Report of the King Institute of Preventive Medicine, Guindy
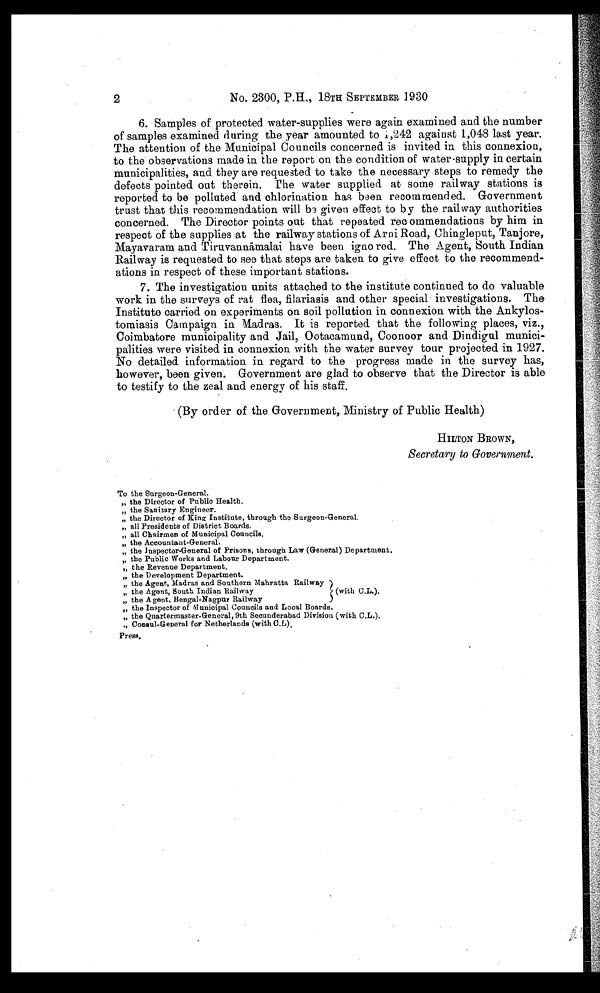
2
No. 2300, P.H., 18TH SEPTEMBER 1930
6. Samples of protected water-supplies were again examined and the number
of samples examined during the year amounted to 1,242 against 1,048 last year.
The attention of the Municipal Councils concerned is invited in this connexion,
to the observations made in the report on the condition of water-supply in certain
municipalities, and they are requested to take the necessary steps to remedy the
defects pointed out therein. The water supplied at some railway stations is
reported to be polluted and chlorination has been recommended. Government
trust that this recommendation will be given effect to by the railway authorities
concerned. The Director points out that repeated rec ommendations by him in
respect of the supplies at the railway stations of Arni Road, Chingleput, Tanjore,
Mayavaram and Tiruvann āmalai have been ignored. The Agent, South Indian
Railway is requested to see that steps are taken to give effect to the recommend-
ations in respect of these important stations.
7. The investigation units attached to the institute continued to do valuable
work in the surveys of rat flea, filariasis and other special investigations. The
Institute carried on experiments on soil pollution in connexion with the Ankylos-
tomiasis Campaign in Madras. It is reported that the following places, viz.,
Coimbatore municipality and Jail, Ootacamund, Coonoor and Dindigul munici-
palities were visited in connexion with the water survey tour projected in 1927.
No detailed information in regard to the progress made in the survey has,
however, been given. Government are glad to observe that the Director is able
to testify to the zeal and energy of his staff.
(By order of the Government, Ministry of Public Health)
HILTON BROWN,
Secretary to Government.
To the Surgeon-General.
„ the Director of Public Health.
„ the Sanitary Engineer.
„ the Director of King Institute, through the Surgeon-General.
„ all Presidents of District Boards.
„ all Chairmen of Municipal Councils.
„ the Accountant-General.
„ the Inspector-General of Prisons, through Law (General) Department.
„ the Public Works and Labour Department.
,, the Revenue Department.
„ the Development Department.
„ the Agent, Madras and Southern Mahratta Railway
„ the Agent, South Indian Railway (with C.L.).
„ the Agent. Bengal-Nagpur Railway
„ the Inspector of Municipal Councils and Local Boards.
„ the Quartermaster-General, 9th Secunderabad Division (with C.L.).
„
Consul-General for Netherlands ( w i t h C . L ) .
Press.